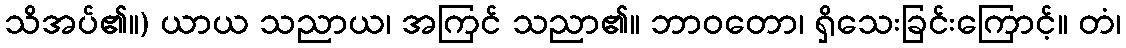
သိအပ်၏။) ယာယ သညာယ၊ အကြင် သညာ၏။ ဘာဝတော၊ ရှိသေးခြင်းကြောင့်။ တံ၊